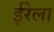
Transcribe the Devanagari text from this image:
ईरेला